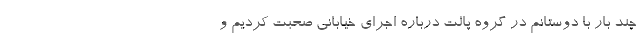
چند بار با دوستانم در گروه پالت درباره اجرای خیابانی صحبت کردیم و